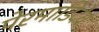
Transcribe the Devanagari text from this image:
पेरमाडिदेव